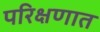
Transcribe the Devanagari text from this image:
परिक्षणात